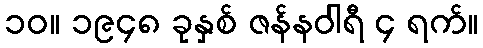
၁၀။ ၁၉၄၈ ခုနှစ် ဇန်နဝါရီ ၄ ရက်။